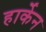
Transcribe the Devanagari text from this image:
हार्केन